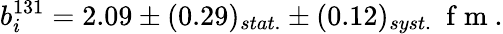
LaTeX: b_{i}^{131}=2.09\pm(0.29)_{stat.}\pm(0.12)_{syst.}\space\mathrm{~f~m~}.